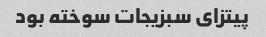
پیتزای سبزیجات سوخته بود